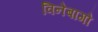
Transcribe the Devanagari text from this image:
विनेबागो